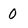
Character: 0